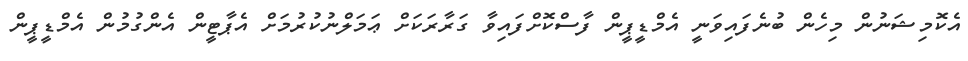
އެކޮމިޝަނުން މިހެން ބުނެފައިވަނީ އެމްޑީޕީން ފާސްކޮށްފައިވާ ގަރާރަކަށް ޢަމަލްނުކުރުމަށް އެޕާޓީން އެންގުމުން އެމްޑީޕީން